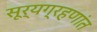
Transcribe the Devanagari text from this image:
सूर्यग्रहणांत